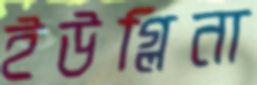
ইউগ্লিনা